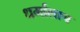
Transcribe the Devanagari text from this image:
धर्मालाच